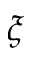
\xi